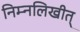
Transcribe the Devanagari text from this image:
निम्नलिखीत्